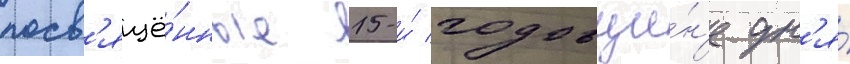
посв'ящё́нные 15-и́ годовщи́н'е дн'я́